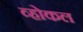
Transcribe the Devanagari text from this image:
व्होकल